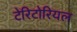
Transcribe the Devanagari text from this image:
टेरिटोरियल